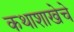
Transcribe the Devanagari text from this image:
कथाशाखेचे